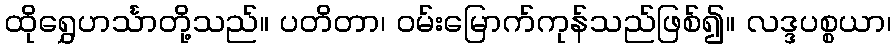
ထိုရွှေဟင်္သာတို့သည်။ ပတိတာ၊ ဝမ်းမြောက်ကုန်သည်ဖြစ်၍။ လဒ္ဒပစ္စယာ၊